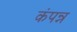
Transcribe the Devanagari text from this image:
कंपन्न